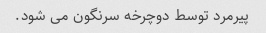
پیرمرد توسط دوچرخه سرنگون می شود.